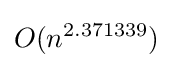
O(n^{2.371339})